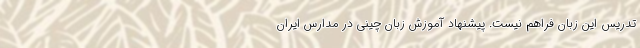
تدریس این زبان فراهم نیست. پیشنهاد آموزش زبان چینی در مدارس ایران